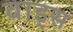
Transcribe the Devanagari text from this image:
वाड्स